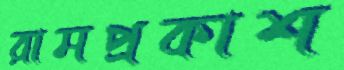
রামপ্রকাশ